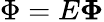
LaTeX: \Phi=E\boldsymbol{\Phi}